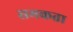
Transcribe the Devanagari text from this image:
समकता